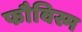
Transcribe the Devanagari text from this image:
फौविस्म